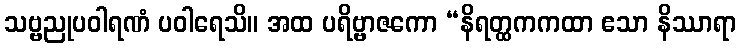
သဗ္ဗညုပဝါရဏံ ပဝါရေသိ။ အထ ပရိဗ္ဗာဇကော “နိရတ္ထကကထာ ဧသာ နိဿာရာ